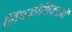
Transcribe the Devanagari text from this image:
लिंगकोशिकाओं